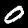
Digit: 0